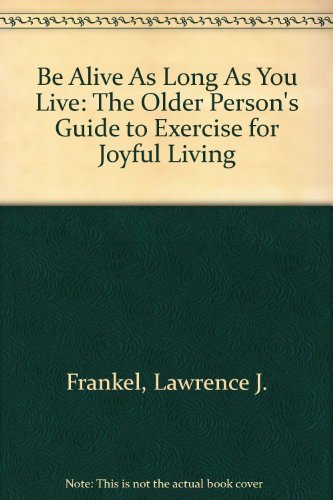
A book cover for Be Alive As Long As You Live: The Older Person's Guide to Exercise for Joyful Living; Lawrence J. Frankel; Health, Fitness & Dieting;